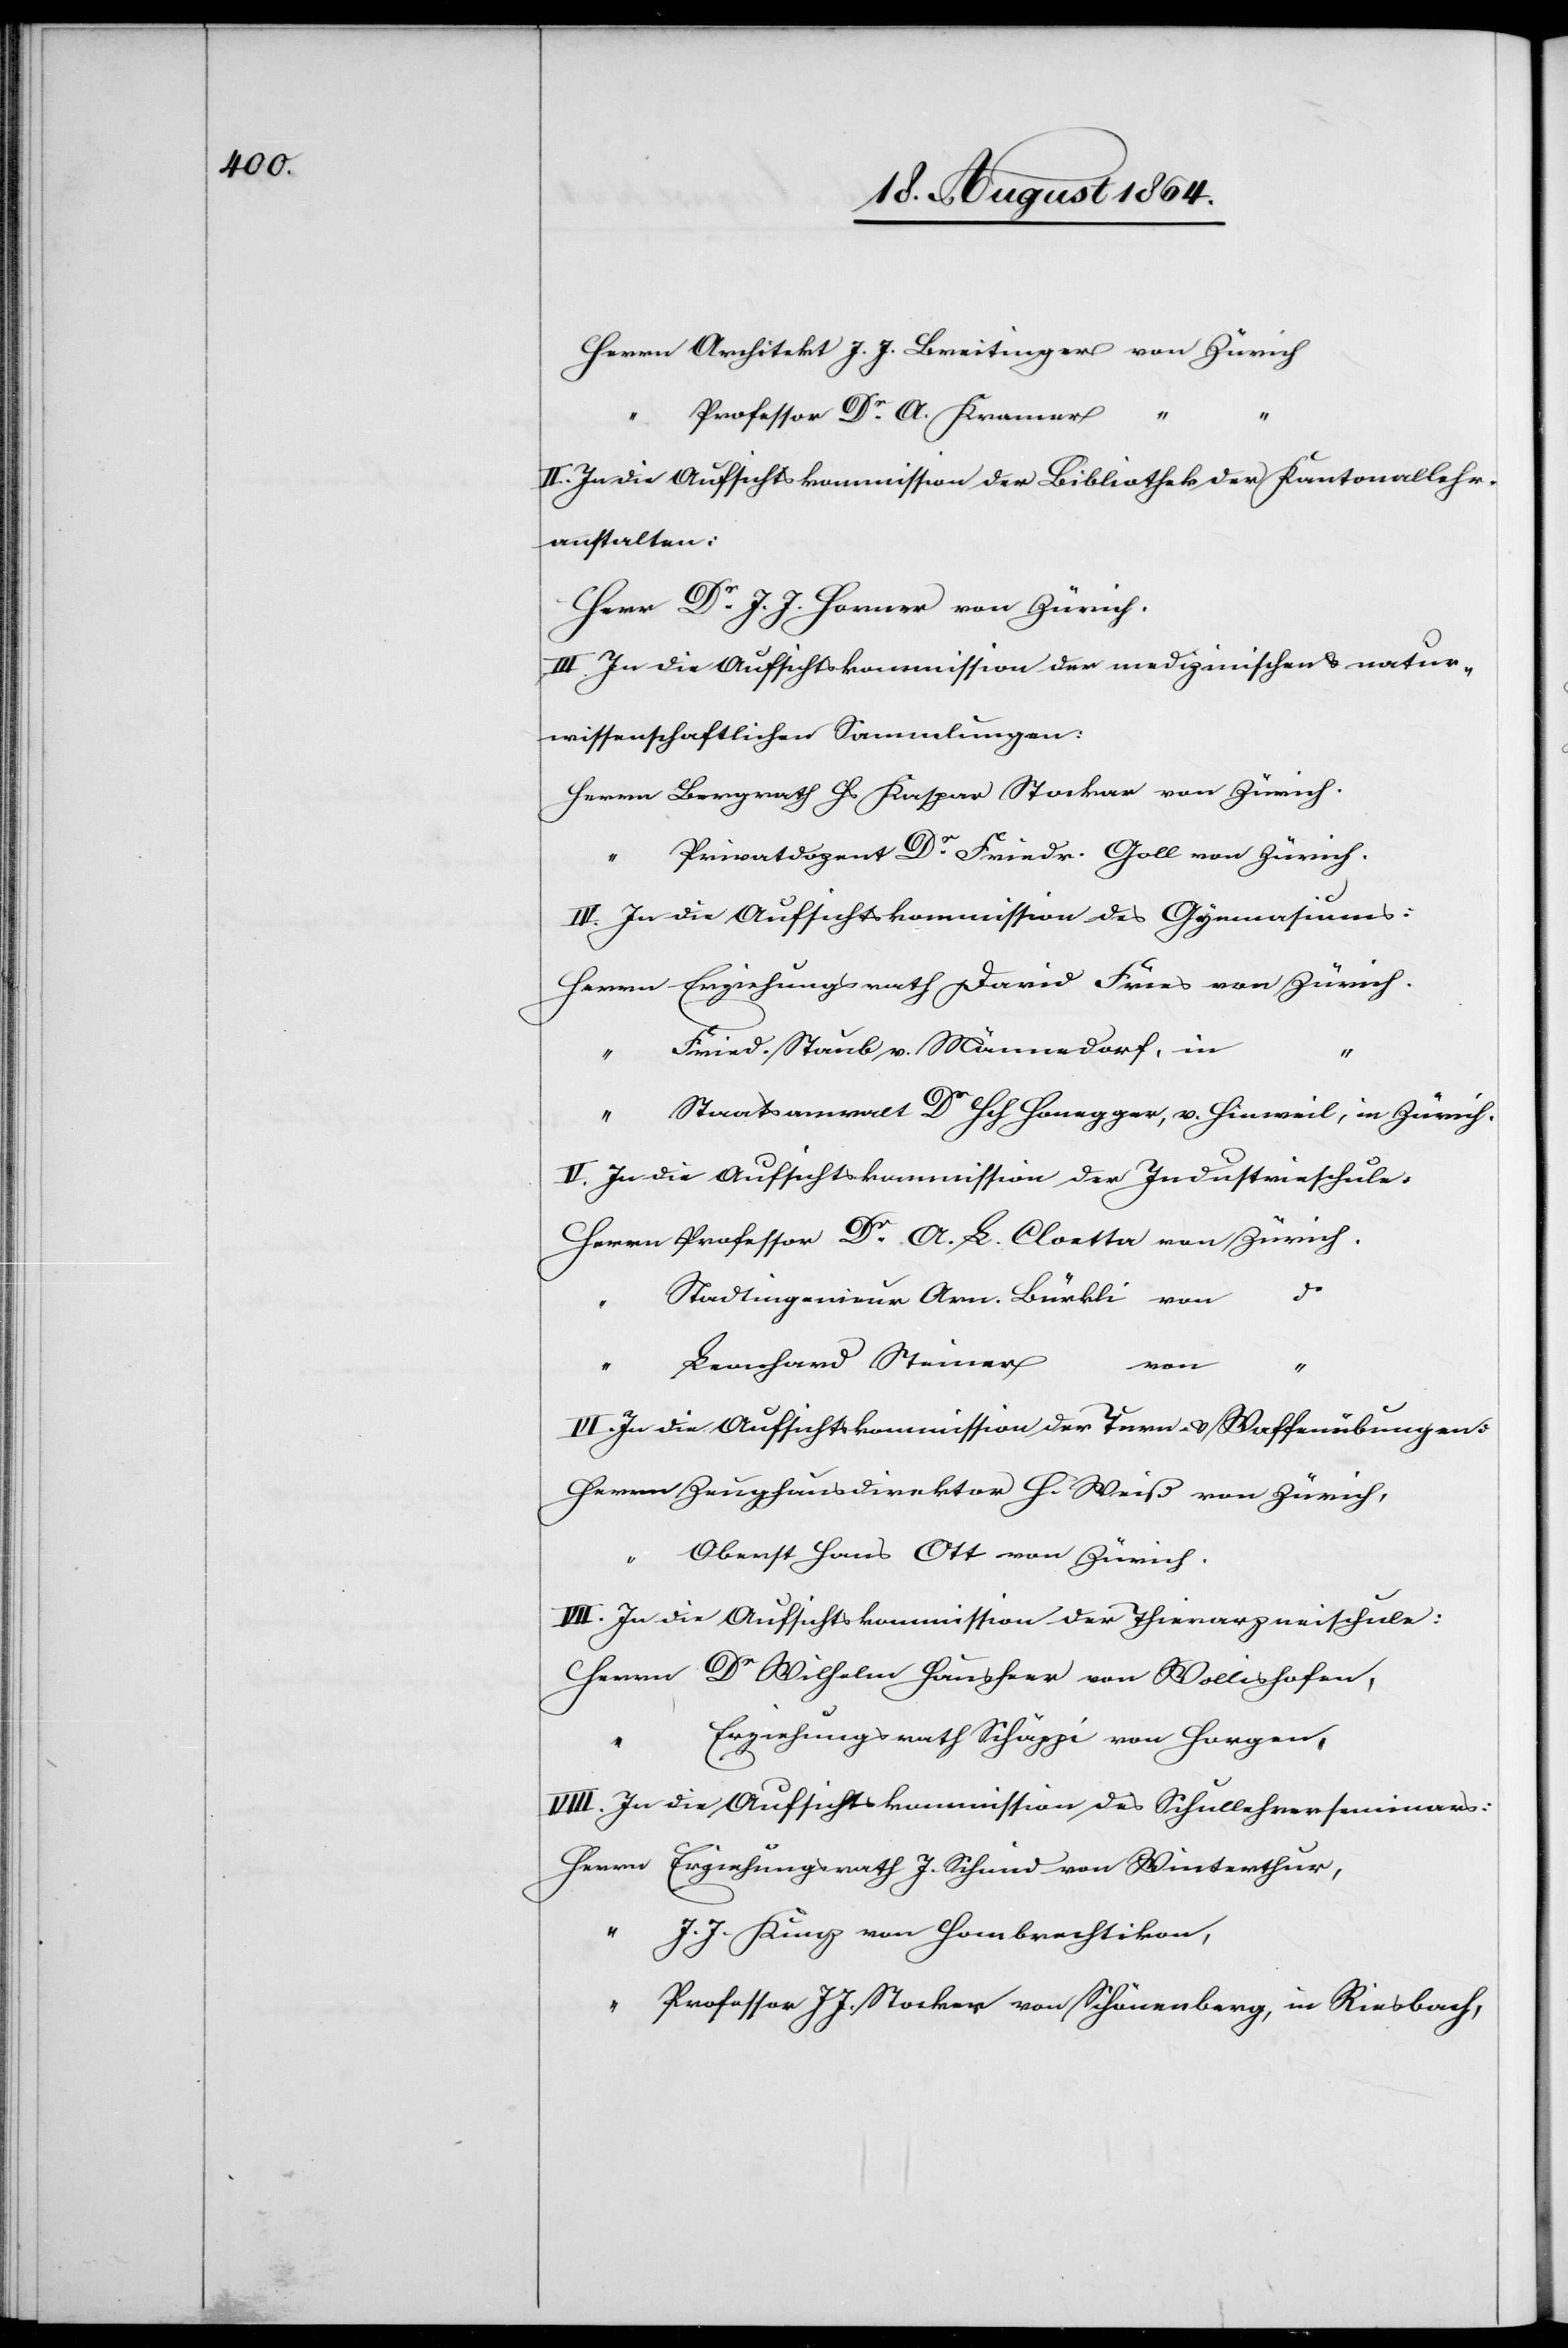
Herrn Architekt J. J. Breitinger von Zürich
Professor Dr. A. Kramer
II. In die Aufsichtskommission der Bibliothek der Kantonallehr¬
anstalten:
Herr Dr. J. J. Horner von Zürich.
III. In die Aufsichtskommission der medizinischen & natur¬
wissenschaftlichen Sammlungen:
Herrn Bergrath Hs. Kaspar Stockar von Zürich.
“ Privatdozent Dr. Friedr. Goll von Zürich.
IV. In die Aufsichtskommission des Gymnasiums:
Herrn Erziehungsrath David Fries von Zürich.
Fried. Staub v. Männedorf, in
“
“
Staatsanwalt Dr. Hch Honegger, v. Hinweil, in Zürich.
V. In die Aufsichtskommission der Industrieschule.
Herrn Professor Dr. A. L. Cloetta von Zürich.
Stadtingenieur Arn. Bürkli von
Bernhard Steiner
VI. In die Aufsichtskommission der Turn- & Waffenübungen:
Herrn Zeughausdirektor H. Weiß von Zürich,
Oberst Hans Ott von Zürich.
VII. In die Aufsichtskommission der Thierarzneischule:
Herrn Dr. Wilhelm Hausherr von Wollishofen,
Erziehungsrath Schäppi von Horgen,
VIII. In die Aufsichtskommission des Schullehrerseminars:
Herrn Erziehungsrath J. Schmid von Winterthur,
“ J. J. Kunz von Hombrechtikon,
“ Professor J. J. Stocker von Schönenberg, in Riesbach,